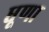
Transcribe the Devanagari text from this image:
धूणा